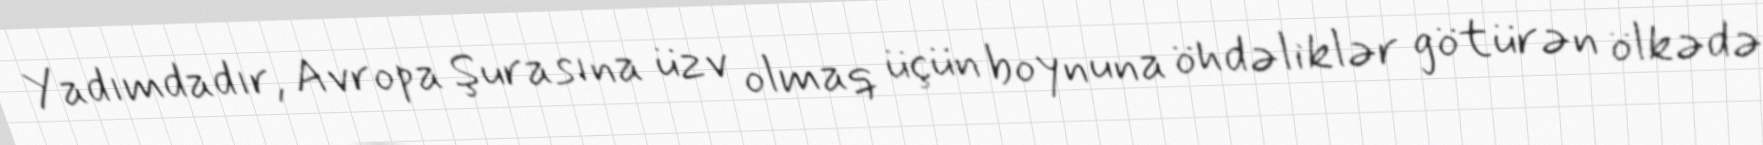
Yadımdadır, Avropa Şurasına üzv olmaq üçün boynuna öhdəliklər götürən ölkədə